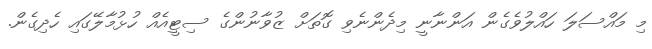
މި މައްސަލަ ހައްލުވެގެން އަންނާނީ މިދެންނެވި ގޮތަށް ޒުވާނުންގެ ސިޓީއެއް ހުޅުމާލޭގައި ހެދިގެން.